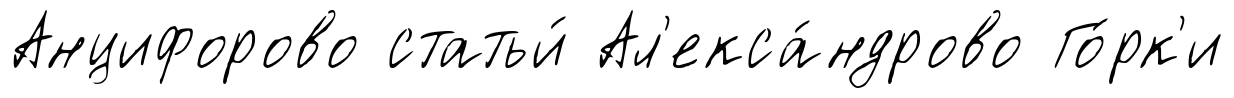
Анцифорово статьи́ Ал'екса́ндрово Го́рк'и